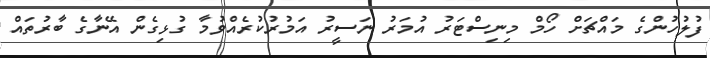
ފުލުހުންގެ މައްޗަށް ހޯމް މިނިސްޓަރު އުމަރު ނަސީރު އަމުރުކުރެއްވުމާ ގުޅިގެން އޭނާގެ ބާރުތައް